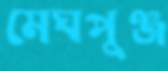
মেঘপুঞ্জ